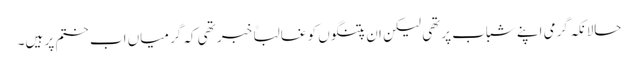
حالانکہ گرمی اپنے شباب پرتھی لیکن ان پتنگوں کو غالباً خبر تھی کہ گرمیاں اب ختم پر ہیں۔